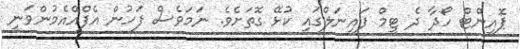
ޕޮއިންޓް ހޯދާ ދެ ޓީމް ފައިނަލްގައި ކުޅޭ ގޮތަށެވެ. ނަމަވެސް ފަހުން އެފްއޭއެމުންވަނީ